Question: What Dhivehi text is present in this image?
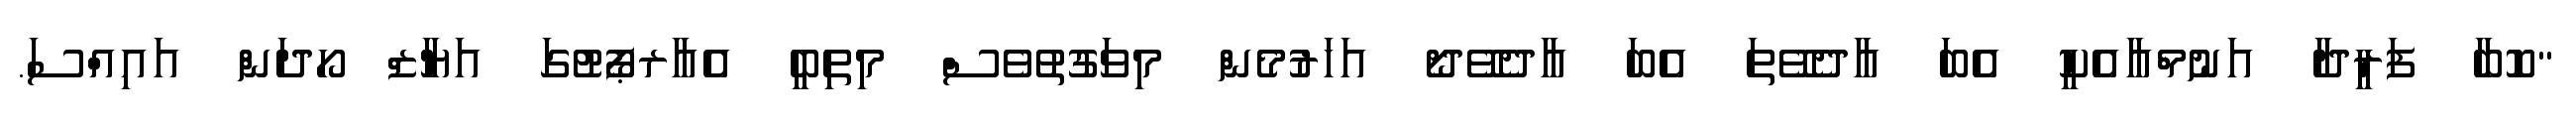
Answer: "ކޮބާ ފަރީދާ އަނުމްއާއެކީ އެބަ އާދެވޭތަ އެބަ އާދެވޭދޯ އަހަރުމެން މިވަގުތުވެސް މިތިބީ އެއާރޕޯޓުގަ އަޔާޒް ހޯދަން އައިއްސަ.